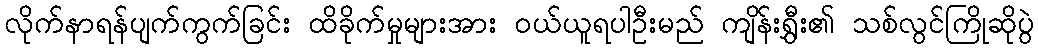
လိုက်နာရန်ပျက်ကွက်ခြင်း ထိခိုက်မှုများအား ဝယ်ယူရပါဦးမည် ကျိန်းရွှီး၏ သစ်လွင်ကြိုဆိုပွဲ